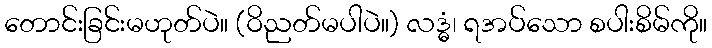
တောင်းခြင်းမဟုတ်ပဲ။ (ဝိညတ်မပါပဲ။) လဒ္ဓံ၊ ရအပ်သော စပါးစိမ်ကို။